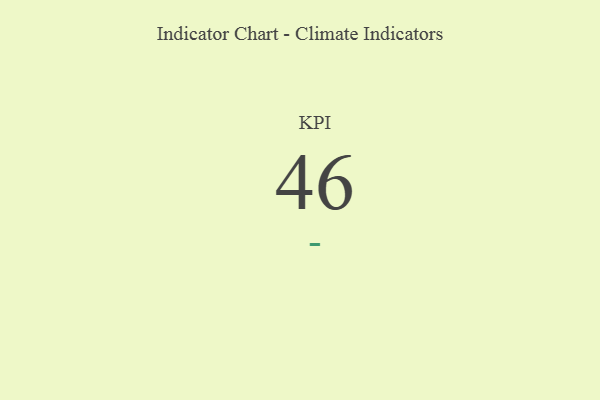
{"axis": {"x": "KPI", "y": "Value"}, "legend": [""], "data": [{"x": "KPI", "y": 46, "type": ""}]}